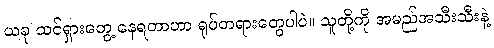
ယခု ထင်ရှားတွေ့ နေရတာဟာ ရုပ်တရားတွေပါပဲ။ သူတို့ကို အမည်အသီးသီးနဲ့